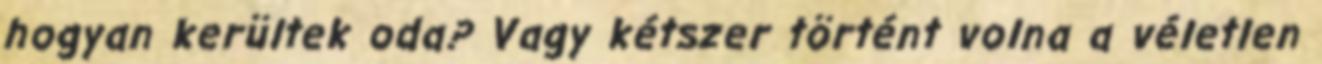
hogyan kerültek oda? Vagy kétszer történt volna a véletlen